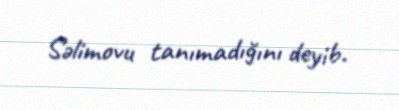
Səlimovu tanımadığını deyib.